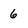
Character: 6